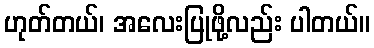
ဟုတ်တယ်၊ အလေးပြုဖို့လည်း ပါတယ်။